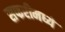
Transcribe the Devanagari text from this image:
सफरीमध्ये